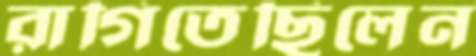
রাগিতেছিলেন